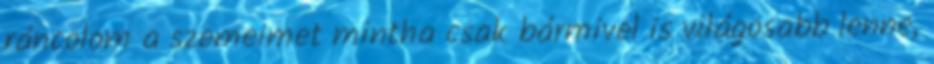
ráncolom a szemeimet mintha csak bármivel is világosabb lenne,